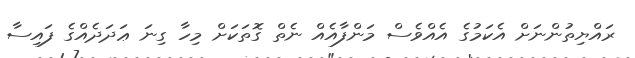
ރައްޔިތުންނަށް އެކަމުގެ އެއްވެސް މަންފާއެއް ނެތް ގޮތަކަށް މިހާ ގިނަ ޢަދަދެއްގެ ފައިސާ